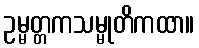
ဥမ္မတ္တကသမ္မုတိကထာ။